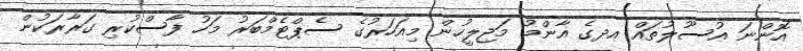
އޮންނަ އުސޫލުތައް އދގެ އާންމު މަޖިލީހުން މިއަހަރުގެ ސެޕްޓެމްބަރު މަހު ފާސްކުރި ގަރާރަކުން